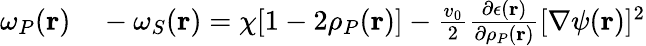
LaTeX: \begin{array}{rl}{\omega_{P}({\mathbf r})}&{{}-\omega_{S}({\mathbf r})=\chi[1-2\rho_{P}({\mathbf r})]-\frac{v_{0}}{2}\frac{\partial\epsilon({\mathbf r})}{\partial\rho_{P}({\mathbf r})}[\nabla\psi({\mathbf r})]^{2}}\end{array}